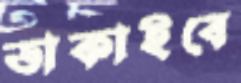
ডাকাইবে